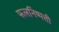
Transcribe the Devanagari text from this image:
फलनिष्पत्ती